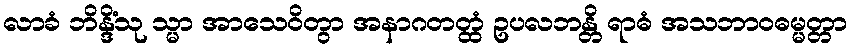
လာခံ ဘိန္ဒိံသု သ္မာ အာသေဝိတွာ အနာဂတတ္ထံ ဥပလဘန္တိ ရာဓံ အသဘာဝဓမ္မတ္တာ